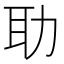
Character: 𦔳